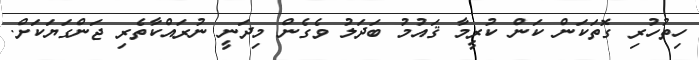
ހިތުހުރި ގޮތަކަން ކަން ކުރީމާ ޤައުމު ބަދަލު ވެގެން މިދަނީ ނުރައްކާތެރި ޖަންގަޔަކަށް.